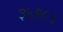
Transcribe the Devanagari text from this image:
३५९८५